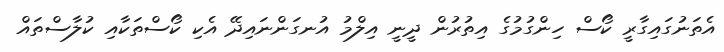
އެތަނުގައިގާރީ ކޯސް ހިންގުމުގެ އިތުރުން ދީނީ އިލްމު އުނގަންނައިދޭ އެކި ކޯސްތަކާއި ކުލާސްތައް